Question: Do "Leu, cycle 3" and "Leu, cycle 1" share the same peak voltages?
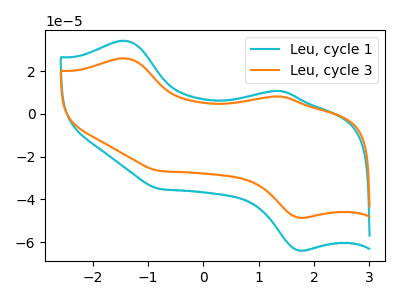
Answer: <think>The cyan curve "Leu, cycle 1" has anodic peaks at (-1.40V, 34.30uA) (1.35V, 10.80uA) and cathodic peaks at (1.75V, -63.85uA) (-0.80V, -35.00uA). The orange curve "Leu, cycle 3" has anodic peaks at (-1.40V, 26.05uA) (1.35V, 8.25uA) and cathodic peaks at (1.75V, -48.50uA) (-0.80V, -26.60uA).</think>
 <answer>Yes, "Leu, cycle 3" have a peak in "Leu, cycle 1" at the same potential.</answer>
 <eval>match</eval>